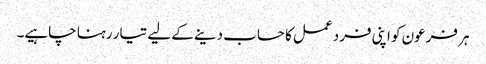
ہر فرعون کو اپنی فرد عمل کا حساب دینے کے لیے تیار رہنا چاہیے۔